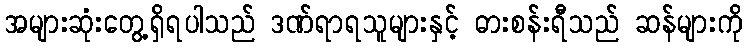
အများဆုံးတွေ့ရှိရပါသည် ဒဏ်ရာရသူများနှင့် ဓားစန်းရီသည် ဆန်များကို